Lunatic asylums Madras 1892-1911 - 1892-1911
Year: 1892
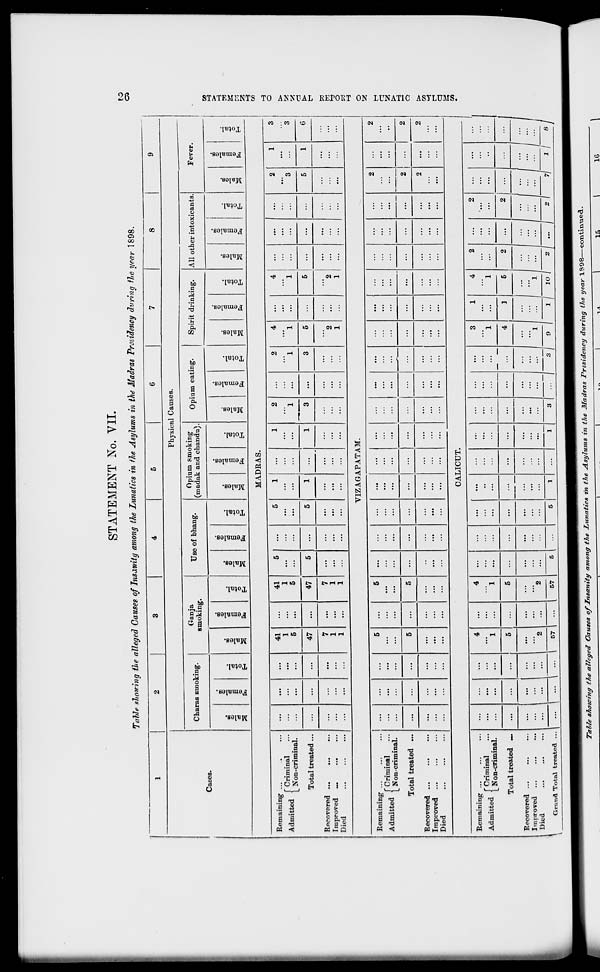
STATEMENT No. VII.
Table slowing tie alleged Causes of Insanity amontj ' the Lunatics in the Asylu ms in 1 Ihe Madras Presidency during tie year 1898.
CO
1
2
3
4
5
6
7
8
9
Cases.
Physical Causes.
Charas smoking.
Ganja
smoking.
Use of bhang.
Opium smoking
(madak and chandu)
Opium eating.
Spirit drinking.
All other intoxicants
Fever
CD
D
"5
S
©
fa
1
"3
43
o
CO
.2 "3
3
CO
<x>
S
fa
"a
43
O
EH
CO
O
"3
m
0
"3
e
fa
"3
O
m
05
1
GO
"a
a
<D
fa
"3
0
CO
'ci
GO
O
"3
g s
fa
"3
0
CD
ffl
Is
CO
0
S
»
fa
"3
43
O
EH
m
0
"3
DO
'3
a
©
fa
"3
0
EH
CO
C3
a
GO
©
"3
a
CD
fa
3
O
H
>
M
MADRAS.
Remaining ...
\ A EU j f Criminal
Admitted < XT
. . .
L r»on-cnminal.
Total treated...
Recovered ...
Improved ...
...
Died
...
...
...
...
41
1
5
...
41
1
5
5
...
5
1
...
1
2
1
...
2
1
4
1
...
4
1
...
...
...
2
"3
1
3
3
(-3
O
...
...
...
47
...
47
5
...
5
1
...
1
3
...
...
3
5
...
5
...
...
...
5
1
6
a
ft
...
...
...
7
1
1
...
7
1
1
...
...
...
...
...
...
2
1
...
"2
1
...
...
...
...
...
...
fed
O
VIZAGAPATAM.
H
O
Remaining ...
A J -i-i. J f Criminal
Admitted < .,
. . ,
L Non-criminal.
Total treated ...
Recovered ...
Improved ...
Died
...
...
...
5
...
5
...
...
...
...
...
...
...
...
...
...
...
...
...
...
2
...
2
t-H
...
...
...
5
...
5
...
...
...
...
...
...
...
...
...
...
...
...
...
...
...
2
...
2
O
...
...
...
...
...
...
...
...
...
...
...
...
...
...
...
...
...
2
...
2
>
CO
-1
r"
ci
CALICUT.
■
en
Remaining ...
AJ •" - f Criminal
Admitted < XT
...
1 Non-crimmal.
Total treated ~.
Recovered ...
Improved
Died
...
...
...
4
1
...
4
1
...
...
...
...
...
...
...
...
— _
3
1
1
4
1
2
...
2
...
...
... 1
...
...
...
5
...
5
...
...
...
...
...
...
4
]
5
1
2
...
2 i
...
... I
...
...
...
2
...
"2
...
...
...
...
...
...
...
"1
:::( =J _= =
=
=-
=
=
GrtiTvd Total treated ...
... \ ... i -
57
...
57
5
5
1
...
1 1 3 I ... 1 3 / 9 I 1 I 10 I 2 j ... 2 1 */ 1/ 8
7!r£& slwwing the alleged Causes of Insanity among t/ie Lunatics in the Asylums in the Madras Presidency during the year 1998—continued.
15
1G